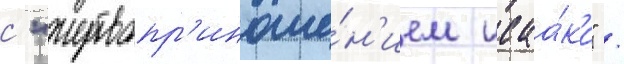
с "жертвопр'иноше́н'ием исаа́ка" /